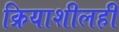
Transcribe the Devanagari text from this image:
क्रियाशीलही